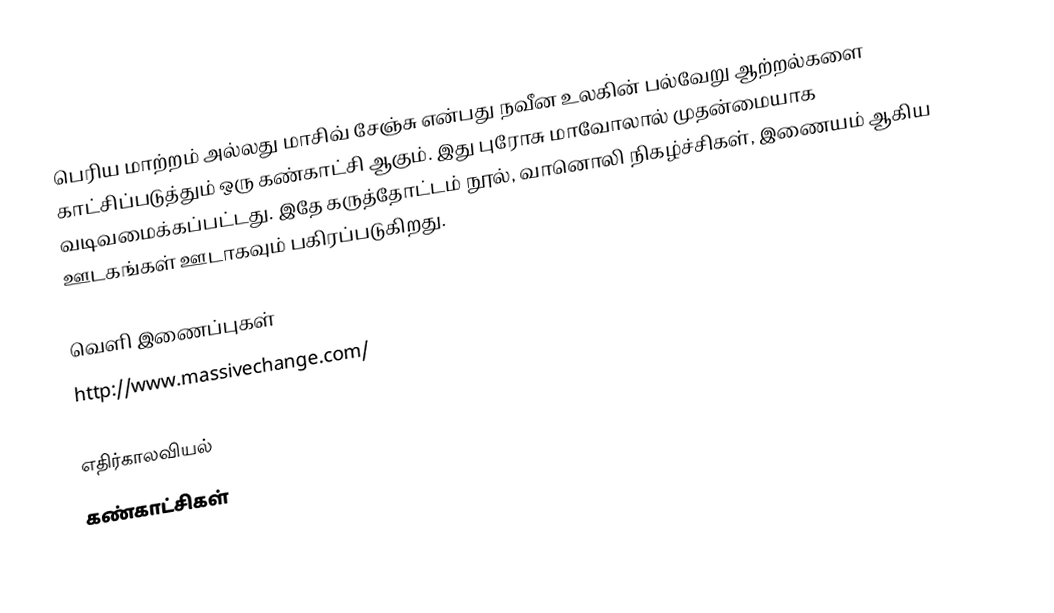
பெரிய மாற்றம் அல்லது மாசிவ் சேஞ்சு என்பது நவீன உலகின் பல்வேறு ஆற்றல்களை காட்சிப்படுத்தும் ஒரு கண்காட்சி ஆகும்.  இது புரோசு மாவோலால் முதன்மையாக வடிவமைக்கப்பட்டது.  இதே கருத்தோட்டம் நூல், வானொலி நிகழ்ச்சிகள், இணையம் ஆகிய ஊடகங்கள் ஊடாகவும் பகிரப்படுகிறது.

வெளி இணைப்புகள்
 http://www.massivechange.com/

எதிர்காலவியல்
கண்காட்சிகள்